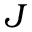
J